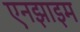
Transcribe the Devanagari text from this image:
एनझाइम